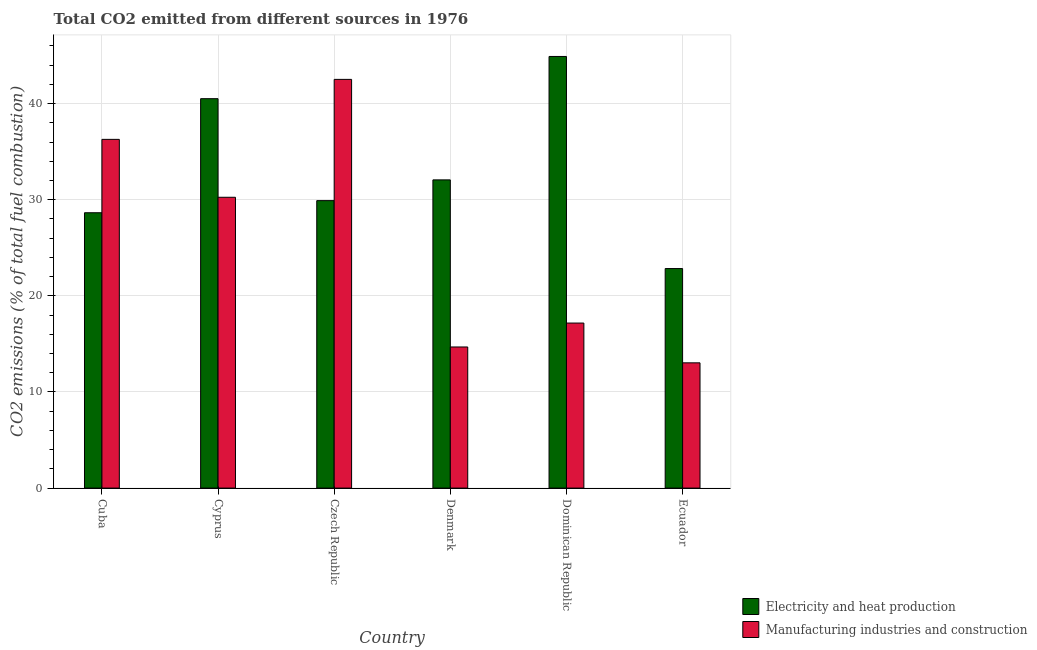
| Country | Electricity and heat production | Manufacturing industries and construction |
 | --- | --- | --- |
 | Cuba | 28.6 | 36.3 |
 | Cyprus | 40.5 | 30.3 |
 | Czech Republic | 29.9 | 42.5 |
 | Denmark | 32.1 | 14.7 |
 | Dominican Republic | 44.9 | 17.2 |
 | Ecuador | 22.8 | 13 |